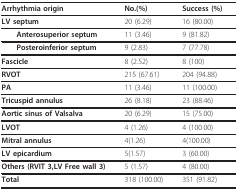
<table><thead><tr><td><b>Arrhythmia origin</b></td><td><b>No.(%)</b></td><td><b>Success (%)</b></td></tr></thead><tbody><tr><td><b>LV septum</b></td><td>20 (6.29)</td><td>16 (80.00)</td></tr><tr><td> <b>Anterosuperior septum</b></td><td>11 (3.46)</td><td>9 (81.82)</td></tr><tr><td> <b>Posteroinferior septum</b></td><td>9 (2.83)</td><td>7 (77.78)</td></tr><tr><td><b>Fascicle</b></td><td>8 (2.52)</td><td>8 (100)</td></tr><tr><td><b>RVOT</b></td><td>215 (67.61)</td><td>204 (94.88)</td></tr><tr><td><b>PA</b></td><td>11 (3.46)</td><td>11 (100.00)</td></tr><tr><td><b>Tricuspid annulus</b></td><td>26 (8.18)</td><td>23 (88.46)</td></tr><tr><td><b>Aortic sinus of Valsalva</b></td><td>20 (6.29)</td><td>15 (75.00)</td></tr><tr><td><b>LVOT</b></td><td>4 (1.26)</td><td>4 (100.00)</td></tr><tr><td><b>Mitral annulus</b></td><td>4(1.26)</td><td>4(100.00)</td></tr><tr><td><b>LV epicardium</b></td><td>5(1.57)</td><td>3 (60.00)</td></tr><tr><td><b>Others (RVIT 3,LV Free wall 3)</b></td><td>5 (1.57)</td><td>4 (80.00)</td></tr><tr><td><b>Total</b></td><td>318 (100.00)</td><td>351 (91.82)</td></tr></tbody></table>